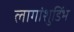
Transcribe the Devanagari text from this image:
लागांशुडिंभ